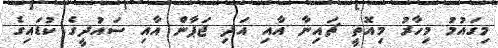
މިގައުމު މިހާރު މިއޮތީ ޗައިނާ އާއި އަދި ޖަޕާން އާއި ސައުދީގެ ކުޑައިގެ